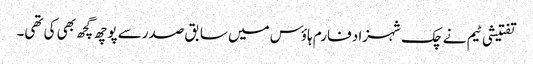
تفتیشی ٹیم نے چک شہزاد فارم ہاؤس میں سابق صدرسے پوچھ گچھ بھی کی تھی۔